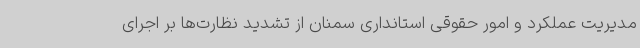
مدیریت عملکرد و امور حقوقی استانداری سمنان از تشدید نظارت‌ها بر اجرای